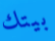
بيتك